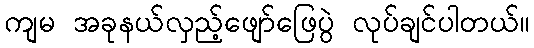
ကျမ အခုနယ်လှည့်ဖျော်ဖြေပွဲ လုပ်ချင်ပါတယ်။